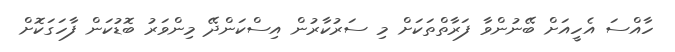
ހާއްސަ އެހީއަށް ބޭނުންވާ ފަރާތްތަކަށް މި ސަރުކާރުން އިސްކަންދޭ މިންވަރު ބޮޑުކަން ފާހަގަކޮށް